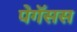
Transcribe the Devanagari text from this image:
पेगॅसस